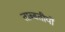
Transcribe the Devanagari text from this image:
ताब्बतीयों